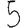
Digit: 5